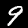
Label: 9